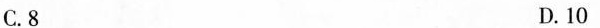
C.8 D.10